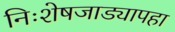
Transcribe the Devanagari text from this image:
निःशेषजाड्यापहा